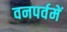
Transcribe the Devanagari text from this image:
वनपर्वमें